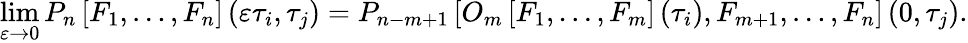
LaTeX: \operatorname*{lim}_{\varepsilon\rightarrow 0}P_{n}\left[F_{1},\dots,F_{n}\right]\left(\varepsilon\tau_{i},\tau_{j}\right)=P_{n-m+1}\left[O_{m}\left[F_{1},\dots,F_{m}\right]\left(\tau_{i}\right),F_{m+1},\dots,F_{n}\right]\left(0,\tau_{j}\right).